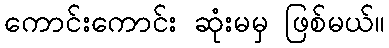
ကောင်းကောင်း ဆုံးမမှ ဖြစ်မယ်။